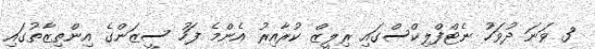
3 ވަނަ ދުވަހު ނެޓްފްލިކްސްގައި ރިލީޒް ކުރާއިރު އެންމެ ފަހު ސީޒަންގެ އިންތިޒާތުގައި